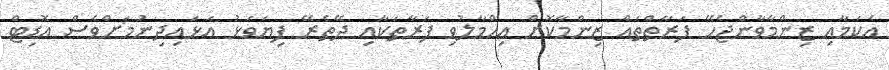
އެކަމާއި ޒިންމާވާންޖެހޭ ފަރާތްތައް ޒިންމާކޮށް އިހްމާލުވި ފަރާތަކާއި ދޭތެރޭ ފިޔަވަޅު އަޅައިދިނުމަށްވެސް އޮޑިޓް